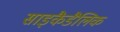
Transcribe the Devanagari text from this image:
साइकैडैलिक